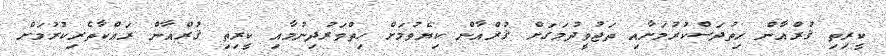
ކީރިތި ޤުރްއާން ހިތުދަސްކުރުމަށާއި ތަޖުވީދުމަގަށް ޤުރްއާން ކިޔެވުމަށް ހިތްވަރުދިނުމާއި ކީރިތި ޤުރްއާން ރައްކާތެރިކުރުމަށް